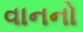
વાનનો